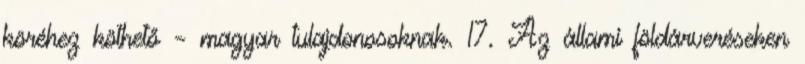
köréhez köthető – magyar tulajdonosoknak. 17. Az állami földárveréseken